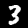
Digit: 3